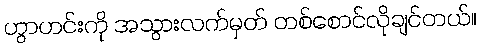
ဟွာဟင်းကို အသွားလက်မှတ် တစ်စောင်လိုချင်တယ်။